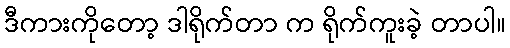
ဒီကားကိုတော့ ဒါရိုက်တာ က ရိုက်ကူးခဲ့ တာပါ။